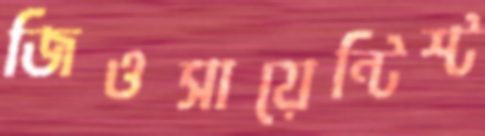
জিওসায়েন্টিস্ট